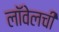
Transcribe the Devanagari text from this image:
लॉवेलची